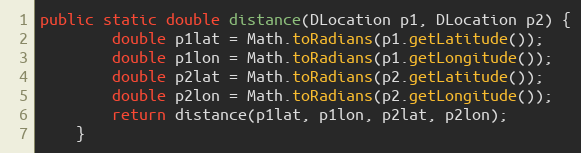
Language: Java
public static double distance(DLocation p1, DLocation p2) {
		double p1lat = Math.toRadians(p1.getLatitude());
		double p1lon = Math.toRadians(p1.getLongitude());
		double p2lat = Math.toRadians(p2.getLatitude());
		double p2lon = Math.toRadians(p2.getLongitude());
		return distance(p1lat, p1lon, p2lat, p2lon);
	}